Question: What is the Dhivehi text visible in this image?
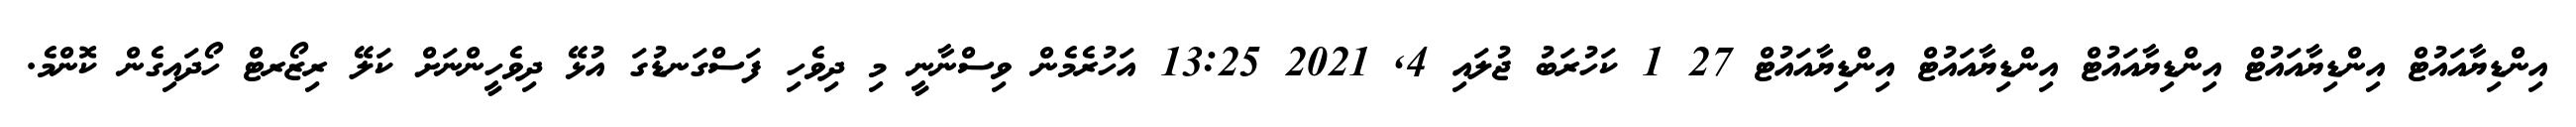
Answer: އިންޑިޔާއައުޓް އިންޑިޔާއައުޓް އިންޑިޔާއައުޓް އިންޑިޔާއައުޓް އިންޑިޔާއައުޓް 27 1 ކަހުރަބު ޖުލައި 4, 2021 13:25 އަހުރެމެން ވިސްނާނީ މި ދިވެހި ފަސްގަނޑުގަ އުޅޭ ދިވެހީންނަށް ކަލޭ ރިޒޯރޓް ހޯދައިގެން ކޮންމެ.